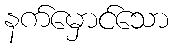
နက်မှောင်သော